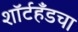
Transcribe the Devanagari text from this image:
शॉर्टहँडचा